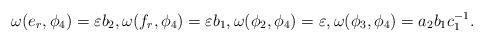
LaTeX: \begin{align*} \omega(e_r,\phi_4) = \varepsilon b_2, \omega(f_r,\phi_4) = \varepsilon b_1, \omega(\phi_2,\phi_4) = \varepsilon, \omega(\phi_3,\phi_4) = a_2b_1c_1^{-1}.\end{align*}